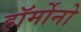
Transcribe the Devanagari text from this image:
हॉर्मोनो